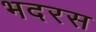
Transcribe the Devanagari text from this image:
भदरस